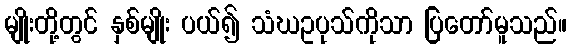
မျိုးတို့တွင် နှစ်မျိုး ပယ်၍ သံဃဥပုသ်ကိုသာ ပြတော်မူသည်။